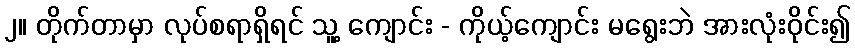
၂။ တိုက်တာမှာ လုပ်စရာရှိရင် သူ့ ကျောင်း - ကိုယ့်ကျောင်း မရွေးဘဲ အားလုံးဝိုင်း၍